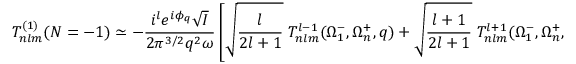
T _ { n l m } ^ { ( 1 ) } ( N = - 1 ) \simeq - \frac { i ^ { l } e ^ { i \phi _ { q } } \sqrt { I } } { 2 { \pi } ^ { 3 / 2 } q ^ { 2 } \omega } \left[ \sqrt { \frac { l } { 2 l + 1 } } \; { \cal T } _ { n l m } ^ { l - 1 } ( \Omega _ { 1 } ^ { - } , \Omega _ { n } ^ { + } , q ) + \sqrt { \frac { l + 1 } { 2 l + 1 } } \; { \cal T } _ { n l m } ^ { l + 1 } ( \Omega _ { 1 } ^ { - } , \Omega _ { n } ^ { + } , q ) \right] ,